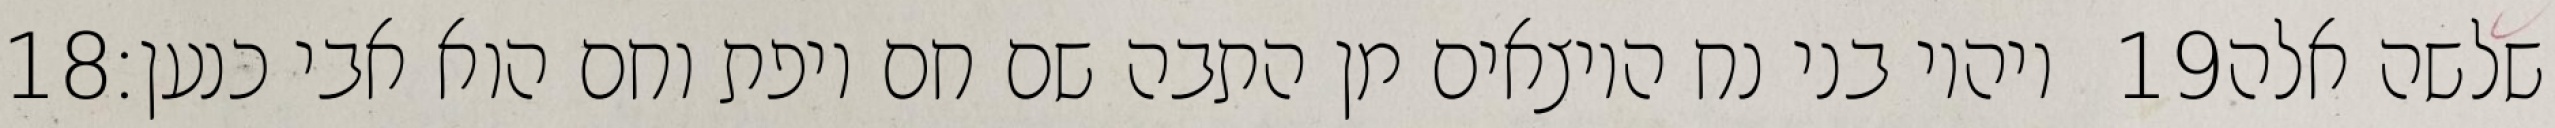
‎18‏ ויהיו בני נח היוצאים מן התבה שם חם ויפת וחם הוא אבי כנען׃ ‎19‏ שלשה אלה